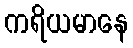
ကရိယမာနေ